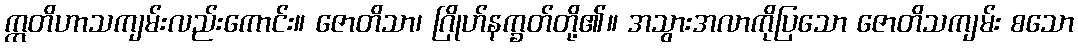
ဣတိဟာသကျမ်းလည်းကောင်း။ ဇောတိသာ၊ ဂြိုဟ်နက္ခတ်တို့၏။ အသွားအလာကိုပြသော ဇောတိသကျမ်း စသော